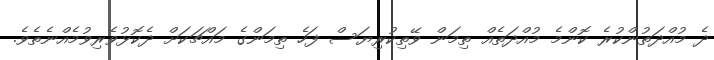
ދެ މުއްދަތުންކުރެ ކޮންމެ މުއްދަތެއް ތިމަން ވޭތިކުރިޔަސް ފަހެ ތިމަންގެ މައްޗަކަށް ދެކޮޅުވެރިވުމެއްނެތެވެ.